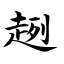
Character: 趔